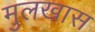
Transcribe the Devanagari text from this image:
मुलखास